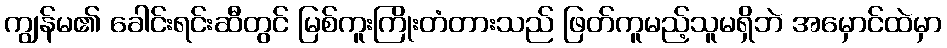
ကျွန်မ၏ ခေါင်းရင်းဆီတွင် မြစ်ကူးကြိုးတံတားသည် ဖြတ်ကူမည့်သူမရှိဘဲ အမှောင်ထဲမှာ